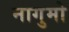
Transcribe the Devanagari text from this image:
नागुमो